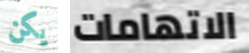
يكن الاتهامات